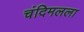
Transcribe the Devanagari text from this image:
चंदिमलला